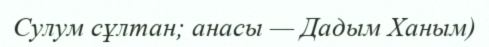
Сулум сұлтан; анасы — Дадым Ханым)